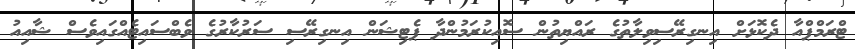
ޓްރަމްޕްއާ ދެކޮޅަށް އިނގިރޭސިވިލާތުގެ ރައްޔިތުން ސޮއިކުރަމުންދާ ޕެޓިޝަން އިނގިރޭސި ސަރުކާރުގެ ވެބްސައިޓެއްގައިވެސް ޝާއިއު